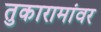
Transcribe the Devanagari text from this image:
तुकारामांवर